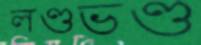
লণ্ডভণ্ড